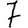
Digit: 7